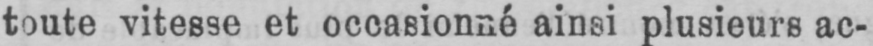
toute vitesse et occasionné ainsi plusieurs ac-